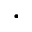
\llangle \cdot \rrangle